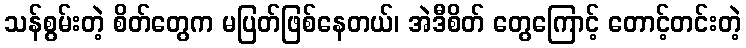
သန်စွမ်းတဲ့ စိတ်တွေက မပြတ်ဖြစ်နေတယ်၊ အဲဒီစိတ် တွေကြောင့် တောင့်တင်းတဲ့